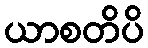
ယာစတိပိ